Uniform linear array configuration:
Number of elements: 8
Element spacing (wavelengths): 0.5
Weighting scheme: blackman
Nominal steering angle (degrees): -30
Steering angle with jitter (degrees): -31.472
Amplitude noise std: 0.05
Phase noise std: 0.05

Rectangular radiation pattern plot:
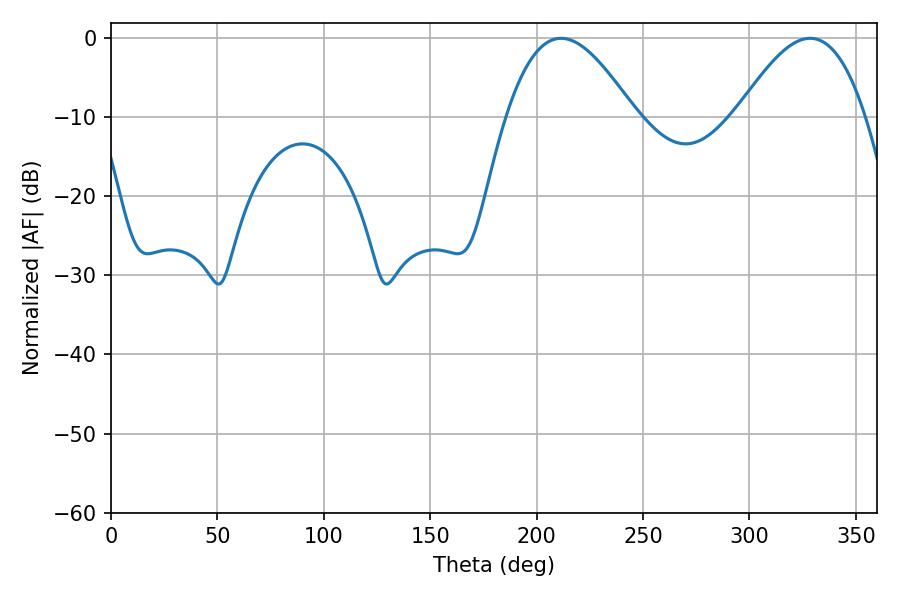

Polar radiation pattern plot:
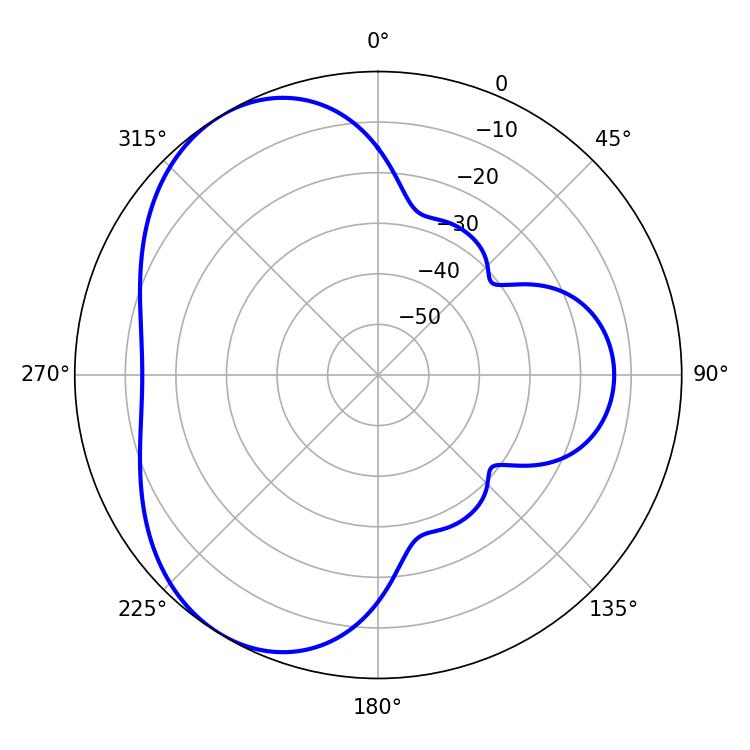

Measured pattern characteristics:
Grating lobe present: FALSE
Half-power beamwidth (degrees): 32.76
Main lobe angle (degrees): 211.5